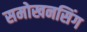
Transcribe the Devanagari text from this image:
समोखनसिंग